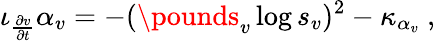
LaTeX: \iota_{\frac{\partial v}{\partial t}}\alpha_{v}=-(\pounds_{v}\log s_{v})^{2}-\kappa_{\alpha_{v}}\ ,